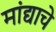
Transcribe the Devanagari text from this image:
मांद्याचे